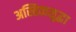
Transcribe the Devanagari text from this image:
अस्तित्वसुद्धा